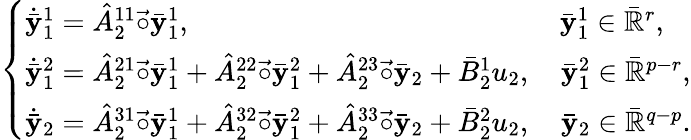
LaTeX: \begin{array}{r}{\left\{ \begin{array}{l}{\dot{\bar{\mathbf{y}}}_{1}^{1}=\hat{A}_{2}^{11}\vec{\circ}\bar{\mathbf{y}}_{1}^{1},~~~~~~~~~~~~~~~~~~~~~~~~~~~~~~~~~~~~~~~~~~~~~~~~\quad{\bar{\mathbf{y}}}_{1}^{1}\in\bar{\mathbb{R}}^{r},}\\ {\dot{\bar{\mathbf{y}}}_{1}^{2}=\hat{A}_{2}^{21}\vec{\circ}\bar{\mathbf{y}}_{1}^{1}+\hat{A}_{2}^{22}\vec{\circ}\bar{\mathbf{y}}_{1}^{2}+\hat{A}_{2}^{23}\vec{\circ}\bar{\mathbf{y}}_{2}+\bar{B}_{2}^{1}u_{2},\quad{\bar{\mathbf{y}}}_{1}^{2}\in\bar{\mathbb{R}}^{p-r},}\\ {\dot{\bar{\mathbf{y}}}_{2}=\hat{A}_{2}^{31}\vec{\circ}\bar{\mathbf{y}}_{1}^{1}+\hat{A}_{2}^{32}\vec{\circ}\bar{\mathbf{y}}_{1}^{2}+\hat{A}_{2}^{33}\vec{\circ}\bar{\mathbf{y}}_{2}+\bar{B}_{2}^{2}u_{2},\quad{\bar{\mathbf{y}}}_{2}\in\bar{\mathbb{R}}^{q-p}.}\end{array}\right.}\end{array}